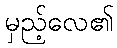
မှည့်လေ၏